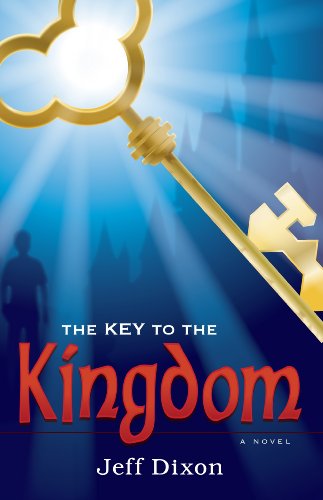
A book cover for The Key To The Kingdom; Jeff Dixon; Christian Books & Bibles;